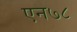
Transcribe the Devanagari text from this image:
एन७८